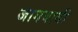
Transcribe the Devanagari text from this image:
जागवावी